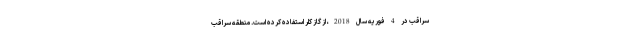
سراقب در 4 فوريه سال 2018، از گاز کلر استفاده کرده است. منطقه سراقب